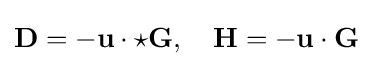
\mathbf {D} =-\mathbf {u} \cdot \star \mathbf {G} ,\quad \mathbf {H} =-\mathbf {u} \cdot \mathbf {G}